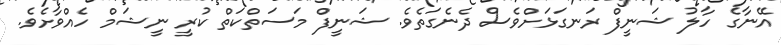
އޭނާގެ ހާލު ޝަނީފް ރަނގަޅަށްވެސް ދެނެގަތެވެ. ޝަނީފް މަސަތްކަތް ކުރީ ނީޝަމް ހެއްވާށެވެ.